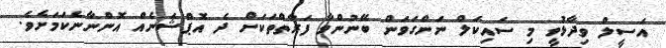
އަސީލް ވިދާޅުވީ މި ސައިކަލް ނަންގަވަން ބޭނުންވާ ފަރާތްތަކަށް ދެ އޮޕްޝަނެއް އޮންނާނެކަމަށެވެ.